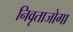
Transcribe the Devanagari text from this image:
निवृताजोगा